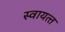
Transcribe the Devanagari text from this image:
स्‍वायत्‍त